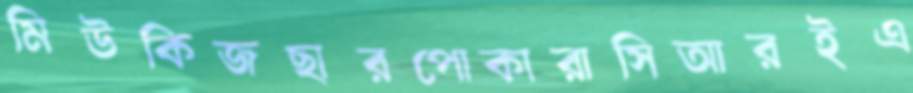
মিউকিজছারপোকারাসিআরইএ